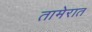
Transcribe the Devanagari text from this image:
तामेरात